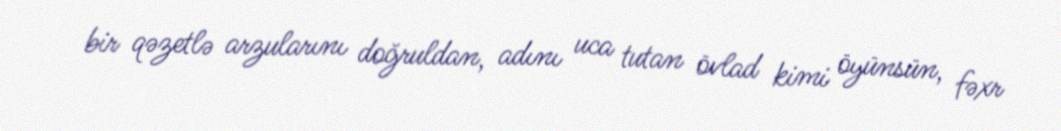
bir qəzetlə arzularını doğruldan, adını uca tutan övlad kimi öyünsün, fəxr